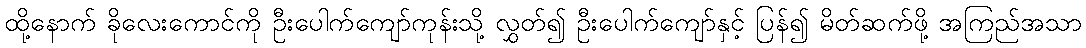
ထို့နောက် ခိုလေးကောင်ကို ဦးပေါက်ကျော်ကုန်းသို့ လွှတ်၍ ဦးပေါက်ကျော်နှင့် ပြန်၍ မိတ်ဆက်ဖို့ အကြည်အသာ